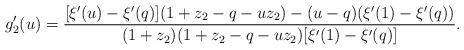
LaTeX: \begin{align*} g_2'(u)=\frac{[\xi'(u)-\xi'(q)](1+z_2-q-uz_2)-(u-q)(\xi'(1)-\xi'(q))} {(1+z_2)(1+z_2-q-uz_2)[\xi'(1)-\xi'(q)]}.\end{align*}